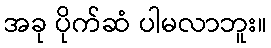
အခု ပိုက်ဆံ ပါမလာဘူး။